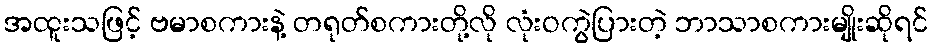
အထူးသဖြင့် ဗမာစကားနဲ့ တရုတ်စကားတို့လို လုံးဝကွဲပြားတဲ့ ဘာသာစကားမျိုးဆိုရင်